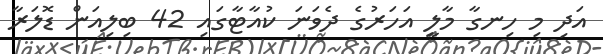
އަދި މި ހިނގާ މާލީ އަހަރުގެ ދެވަނަ ކުއާޓާގައި 42 ބިލިއަން ޑޮލަރާ